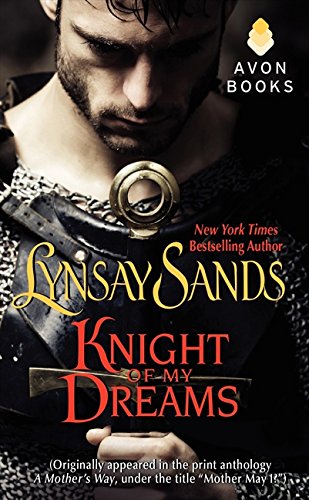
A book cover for Knight of My Dreams: (Originally published under the title MOTHER MAY I? in the print anthology A MOTHER'S WAY); Lynsay Sands; Romance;